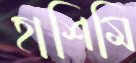
হাশিমি